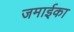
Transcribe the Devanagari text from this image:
जमाईका